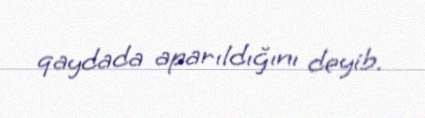
qaydada aparıldığını deyib.